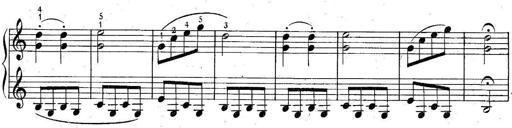
Title: 6 Easy Sonatinas
Composer: Carl Czerny